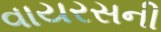
વાયરસની